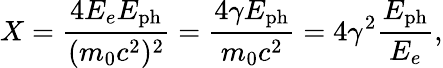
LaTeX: X=\frac{4E_{e}E_{\mathrm{ph}}}{(m_{0}c^{2})^{2}}=\frac{4\gamma E_{\mathrm{ph}}}{m_{0}c^{2}}=4\gamma^{2}\frac{E_{\mathrm{ph}}}{E_{e}},